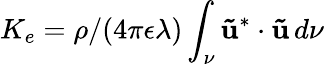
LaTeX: K_{e}=\rho/(4\pi\epsilon\lambda)\int_{\nu}\mathbf{\tilde{u}}^{*}\cdot\mathbf{\tilde{u}}\, d\nu